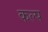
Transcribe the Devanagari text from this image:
कल्‍प